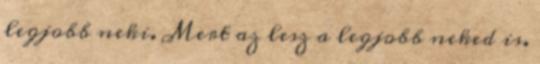
legjobb neki. Mert az lesz a legjobb neked is.